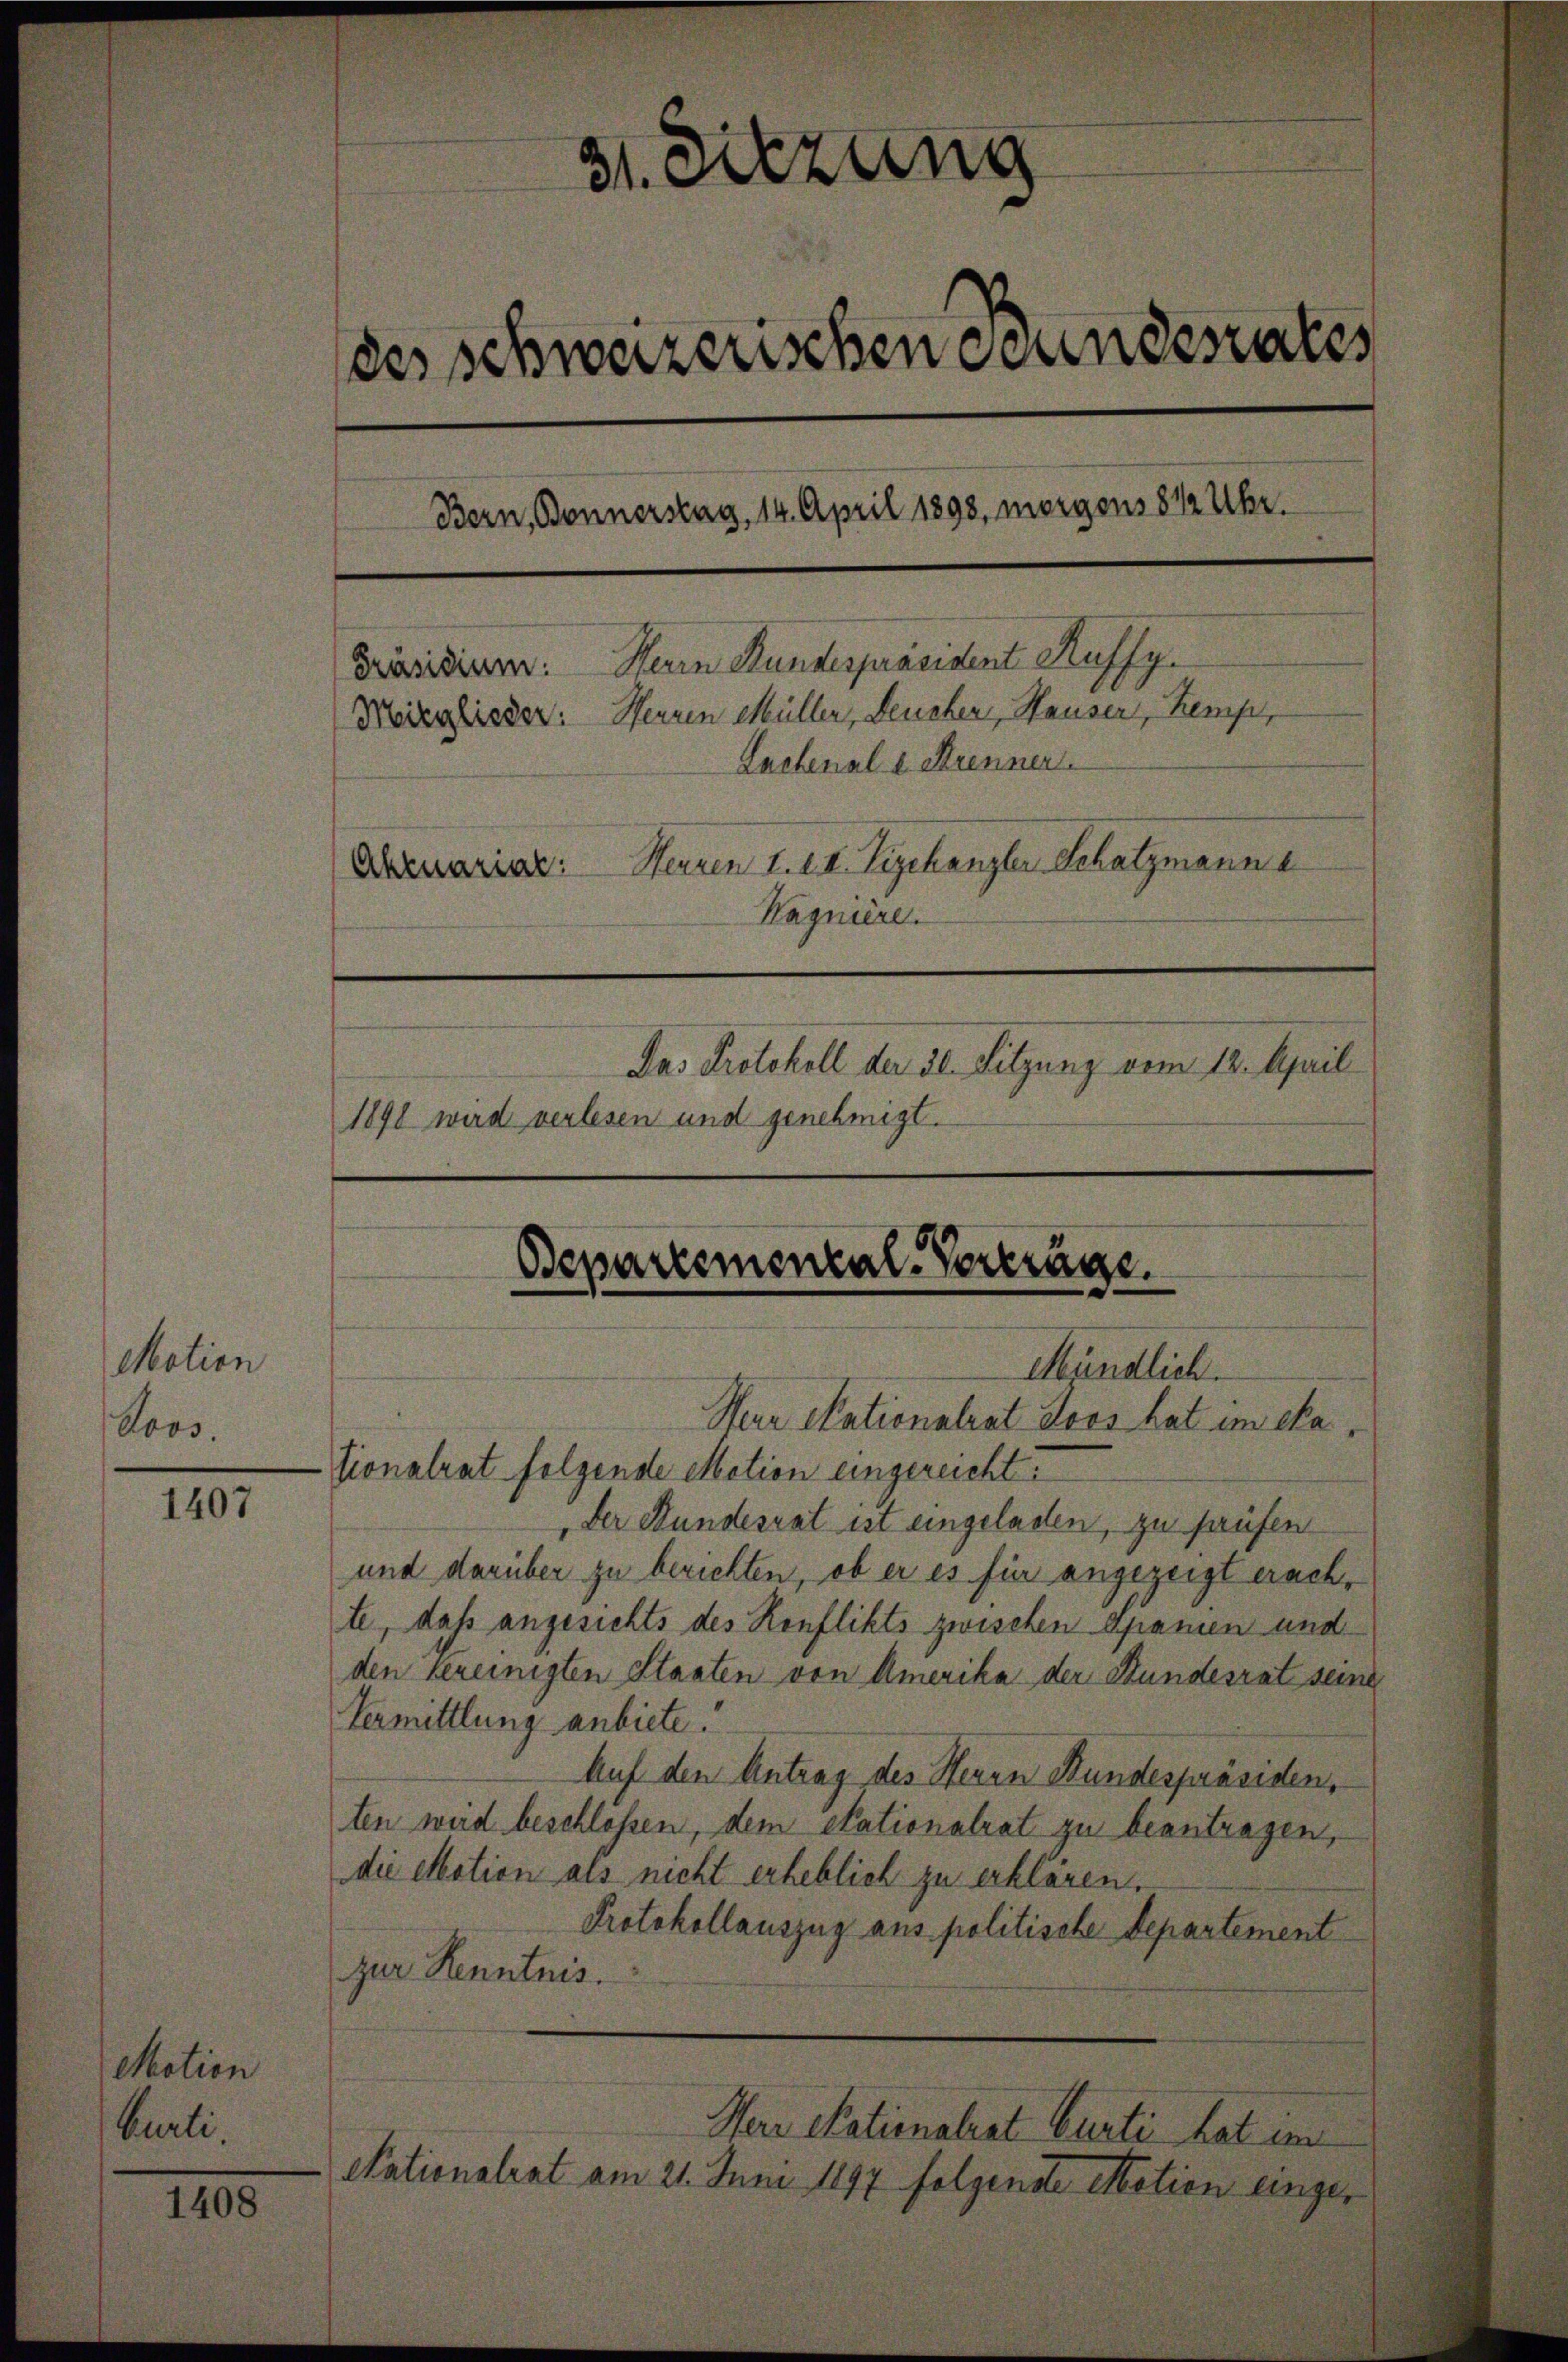
Motion
Poos.

1407

Motion
Burli,

1408

31. Sitzung
des schwerzenschen Grundesrates
Bern, Bonnerstag, 14. April 1898, morgens 8 1/2 Uhr.
Herrn Rundespräsident Auffy.
Präsidium.
Moisglieder: Herren Müller, Leuchen, Hauser, Kemp,
Lachenale Strennen.
Herren I. III. Vizekanzler Schatzmann a
Aktuarial:
Hagniere.
Das Protokoll der 30. Sitzung vom 12. April
1891 wird verlesen und genehmigt.

Bepartemonial-Verträge.
Mündlich.
Her Nationalrat Loos hat im eka,

Sionalrat folgende Motion eingereicht
Der Stundesrat ist eingeladen, zu haufen
und darüber zu berichten, ob er es für angezeigt erachte, daß angesichts des Konflikts zwischen Spanien und
den Vereinigten Staaten von Amerika der Stundesrat seine
Vermittlung anbiete.
Auf den Antrag des Herrn Bundespräsiden,
ten wird beschlossen, dem Stationalrat zu beantragen,
die Motion als nicht erheblich zu erklären.
Protokollauszug aus politische Departement
zur Kenntnis.

Nationalrat am 21. Juni 1897 folgende Matien einge¬

Herr Nationalrat Curti hat im